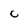
Character: C